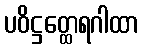
ပဝိဋ္ဌတ္ထေရဂါထာ